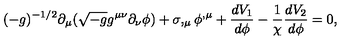
( - g ) ^ { - 1 / 2 } \partial _ { \mu } ( \sqrt { - g } g ^ { \mu \nu } \partial _ { \nu } \phi ) + \sigma , _ { \mu } \phi ^ { , \mu } + \frac { d V _ { 1 } } { d \phi } - \frac { 1 } { \chi } \frac { d V _ { 2 } } { d \phi } = 0 ,